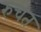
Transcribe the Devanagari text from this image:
रुचत